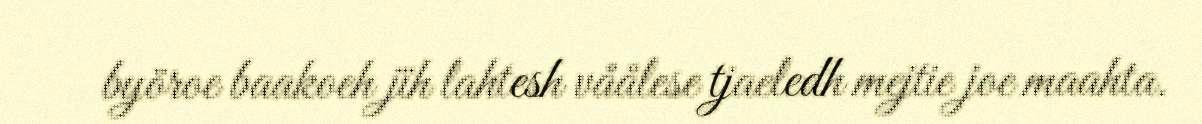
byöroe baakoeh jïh lahtesh våålese tjaeledh mejtie joe maahta.